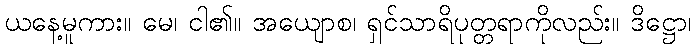
ယနေ့မူကား။ မေ၊ ငါ၏။ အယျောစ၊ ရှင်သာရိပုတ္တရာကိုလည်း။ ဒိဋ္ဌော၊